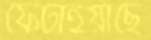
ফেটাইয়াছে